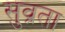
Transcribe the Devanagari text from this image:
सुव्रता